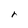
Character: r